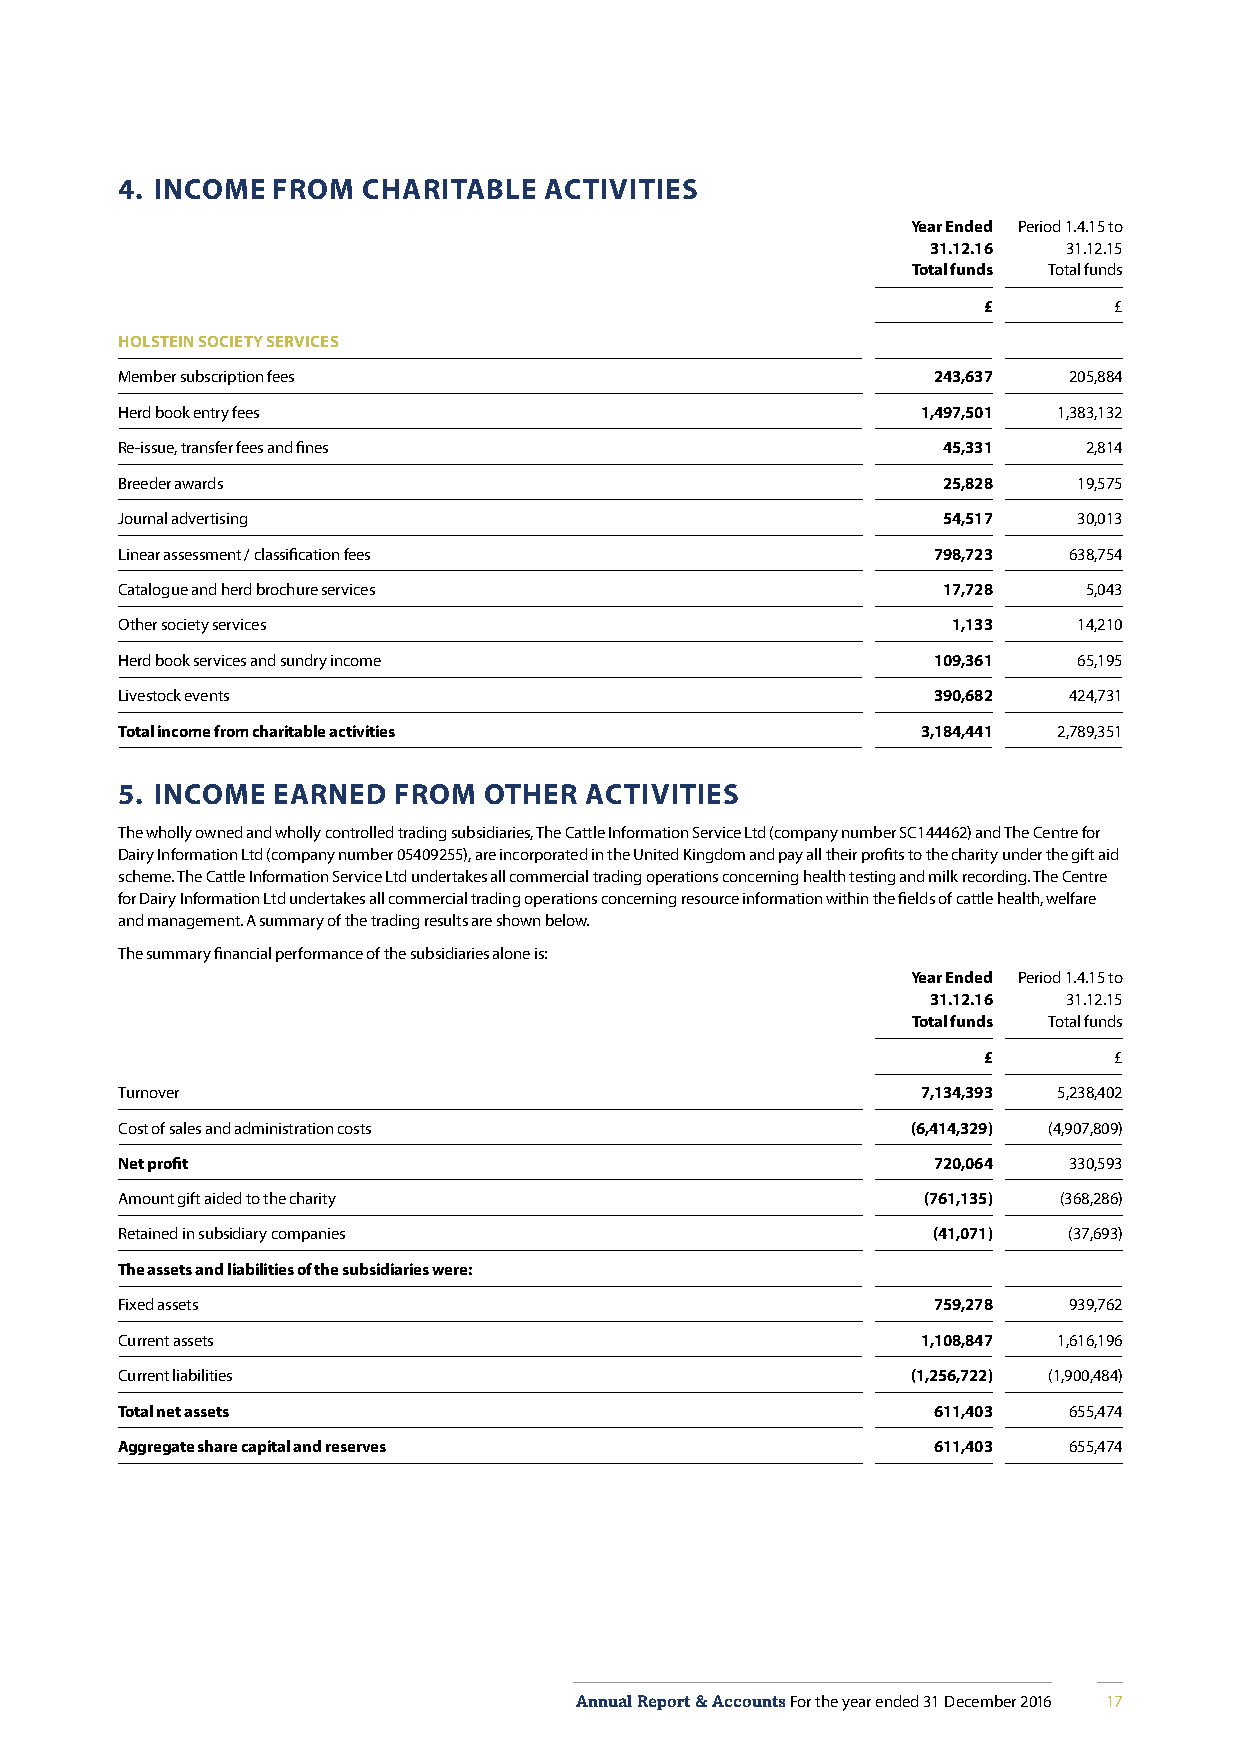
4. INCOME FROM  CHARITABLE  ACTIVITIES
 Year Ended Period 1.4.15 to
 31.12.16 31.12.15
 Total funds Total funds
 £        £
 HOLSTEIN SOCIETY SERVICES
 Member subscription fees                              243,637  205,884
 Herd book entry fees                                 1,497,501 1,383,132
 Re-issue, transfer fees and fines                     45,331    2,814
 Breeder awards                                        25,828   19,575
 Journal advertising                                   54,517   30,013
 Linear assessment / classification fees               798,723  638,754
 Catalogue and herd brochure services                  17,728    5,043
 Other society services                                 1,133   14,210
 Herd book services and sundry income                  109,361  65,195
 Livestock events                                      390,682  424,731
 Total income from charitable activities              3,184,441 2,789,351
 5. INCOME EARNED  FROM  OTHER  ACTIVITIES
 The wholly owned and wholly controlled trading subsidiaries, The Cattle Information Service Ltd (company number SC144462) and The Centre for
 Dairy Information Ltd (company number 05409255), are incorporated in the United Kingdom and pay all their profits to the charity under the gift aid
 scheme. The Cattle Information Service Ltd undertakes all commercial trading operations concerning health testing and milk recording. The Centre
 for Dairy Information Ltd undertakes all commercial trading operations concerning resource information within the fields of cattle health, welfare
 and management. A summary of the trading results are shown below.
 The summary financial performance of the subsidiaries alone is:
 Year Ended Period 1.4.15 to
 31.12.16 31.12.15
 Total funds Total funds
 £        £
 Turnover                                             7,134,393 5,238,402
 Cost of sales and administration costs              (6,414,329) (4,907,809)
 Net profit                                            720,064  330,593
 Amount gift aided to the charity                     (761,135) (368,286)
 Retained in subsidiary companies                      (41,071) (37,693)
 The assets and liabilities of the subsidiaries were:
 Fixed assets                                          759,278  939,762
 Current assets                                       1,108,847 1,616,196
 Current liabilities                                 (1,256,722) (1,900,484)
 Total net assets                                      611,403  655,474
 Aggregate share capital and reserves                  611,403  655,474
 Annual Report & Accounts For the year ended 31 December 2016 17